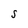
Character: S